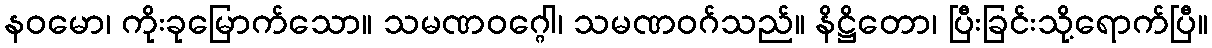
နဝမော၊ ကိုးခုမြောက်သော။ သမဏဝဂ္ဂေါ၊ သမဏဝဂ်သည်။ နိဋ္ဌိတော၊ ပြီးခြင်းသို့ရောက်ပြီ။